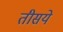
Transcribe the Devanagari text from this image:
तीसये